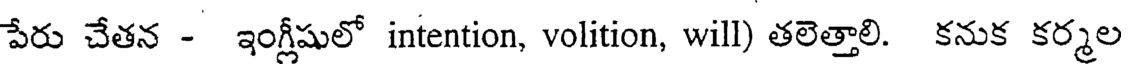
పేరు చేతన - ఇంగ్లీషులో intention, volition, will) తలెత్తాలి. కనుక కర్మల